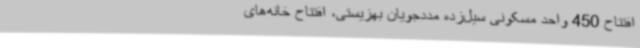
افتتاح 450 واحد مسکونی سیل‌زده مددجویان بهزیستی، افتتاح خانه‌های